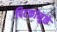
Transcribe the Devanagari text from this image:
पिटकांमुळे